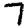
Digit: 7